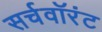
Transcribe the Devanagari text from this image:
सर्चवॉरंट